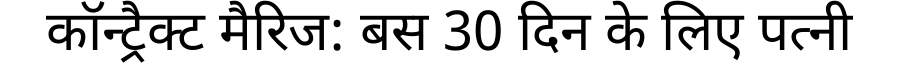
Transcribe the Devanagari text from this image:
कॉन्ट्रैक्ट मैरिज: बस 30 दिन के लिए पत्नी